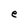
Character: e